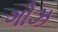
ગોઝ